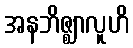
အနဘိဇ္ဈာလူဟိ